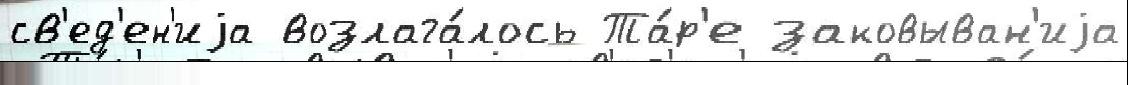
св'ед'ен'иjа возлага́лось Та́р'е заковыван'иjа